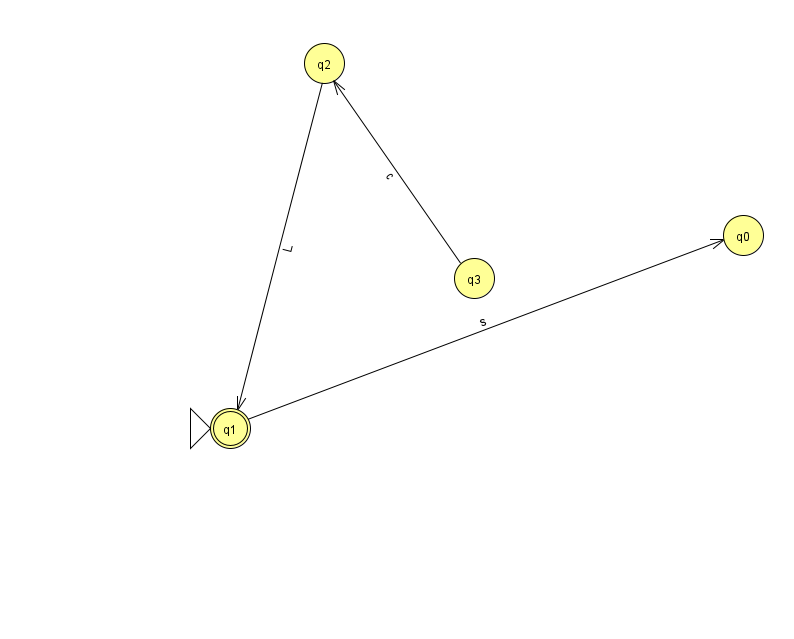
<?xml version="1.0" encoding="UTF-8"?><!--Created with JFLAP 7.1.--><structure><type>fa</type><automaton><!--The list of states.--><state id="0" name="q0"><x>743.0</x><y>222.0</y></state><state id="1" name="q1"><x>230.0</x><y>415.0</y><initial/><final/></state><state id="2" name="q2"><x>324.0</x><y>50.0</y></state><state id="3" name="q3"><x>474.0</x><y>265.0</y></state><!--The list of transitions.--><transition><from>1</from><to>0</to><read>s</read></transition><transition><from>3</from><to>2</to><read>c</read></transition><transition><from>2</from><to>1</to><read>L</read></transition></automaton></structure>